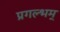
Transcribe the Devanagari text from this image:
प्रगल्भम्